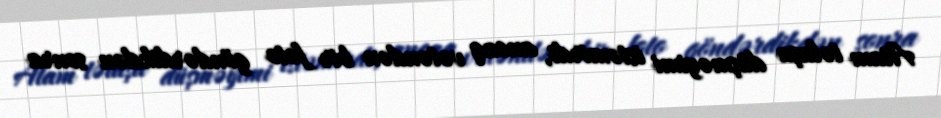
Atam təlaşa düşməyimi istəmirdi, ancaq vətəndən bir foto göndərdikdən sonra